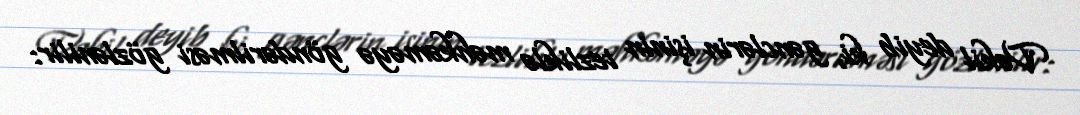
Vəkil deyib ki, gənclərin işinin tezliklə məhkəməyə göndərilməsi gözlənilir: